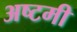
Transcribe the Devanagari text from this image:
अष्‍टमी